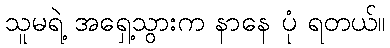
သူမရဲ့ အရှေ့သွားက နာနေ ပုံ ရတယ်။